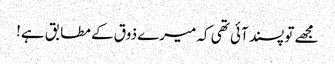
مجھے تو پسند آئی تھی کہ میرے ذوق کے مطابق ہے!